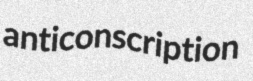
anticonscription